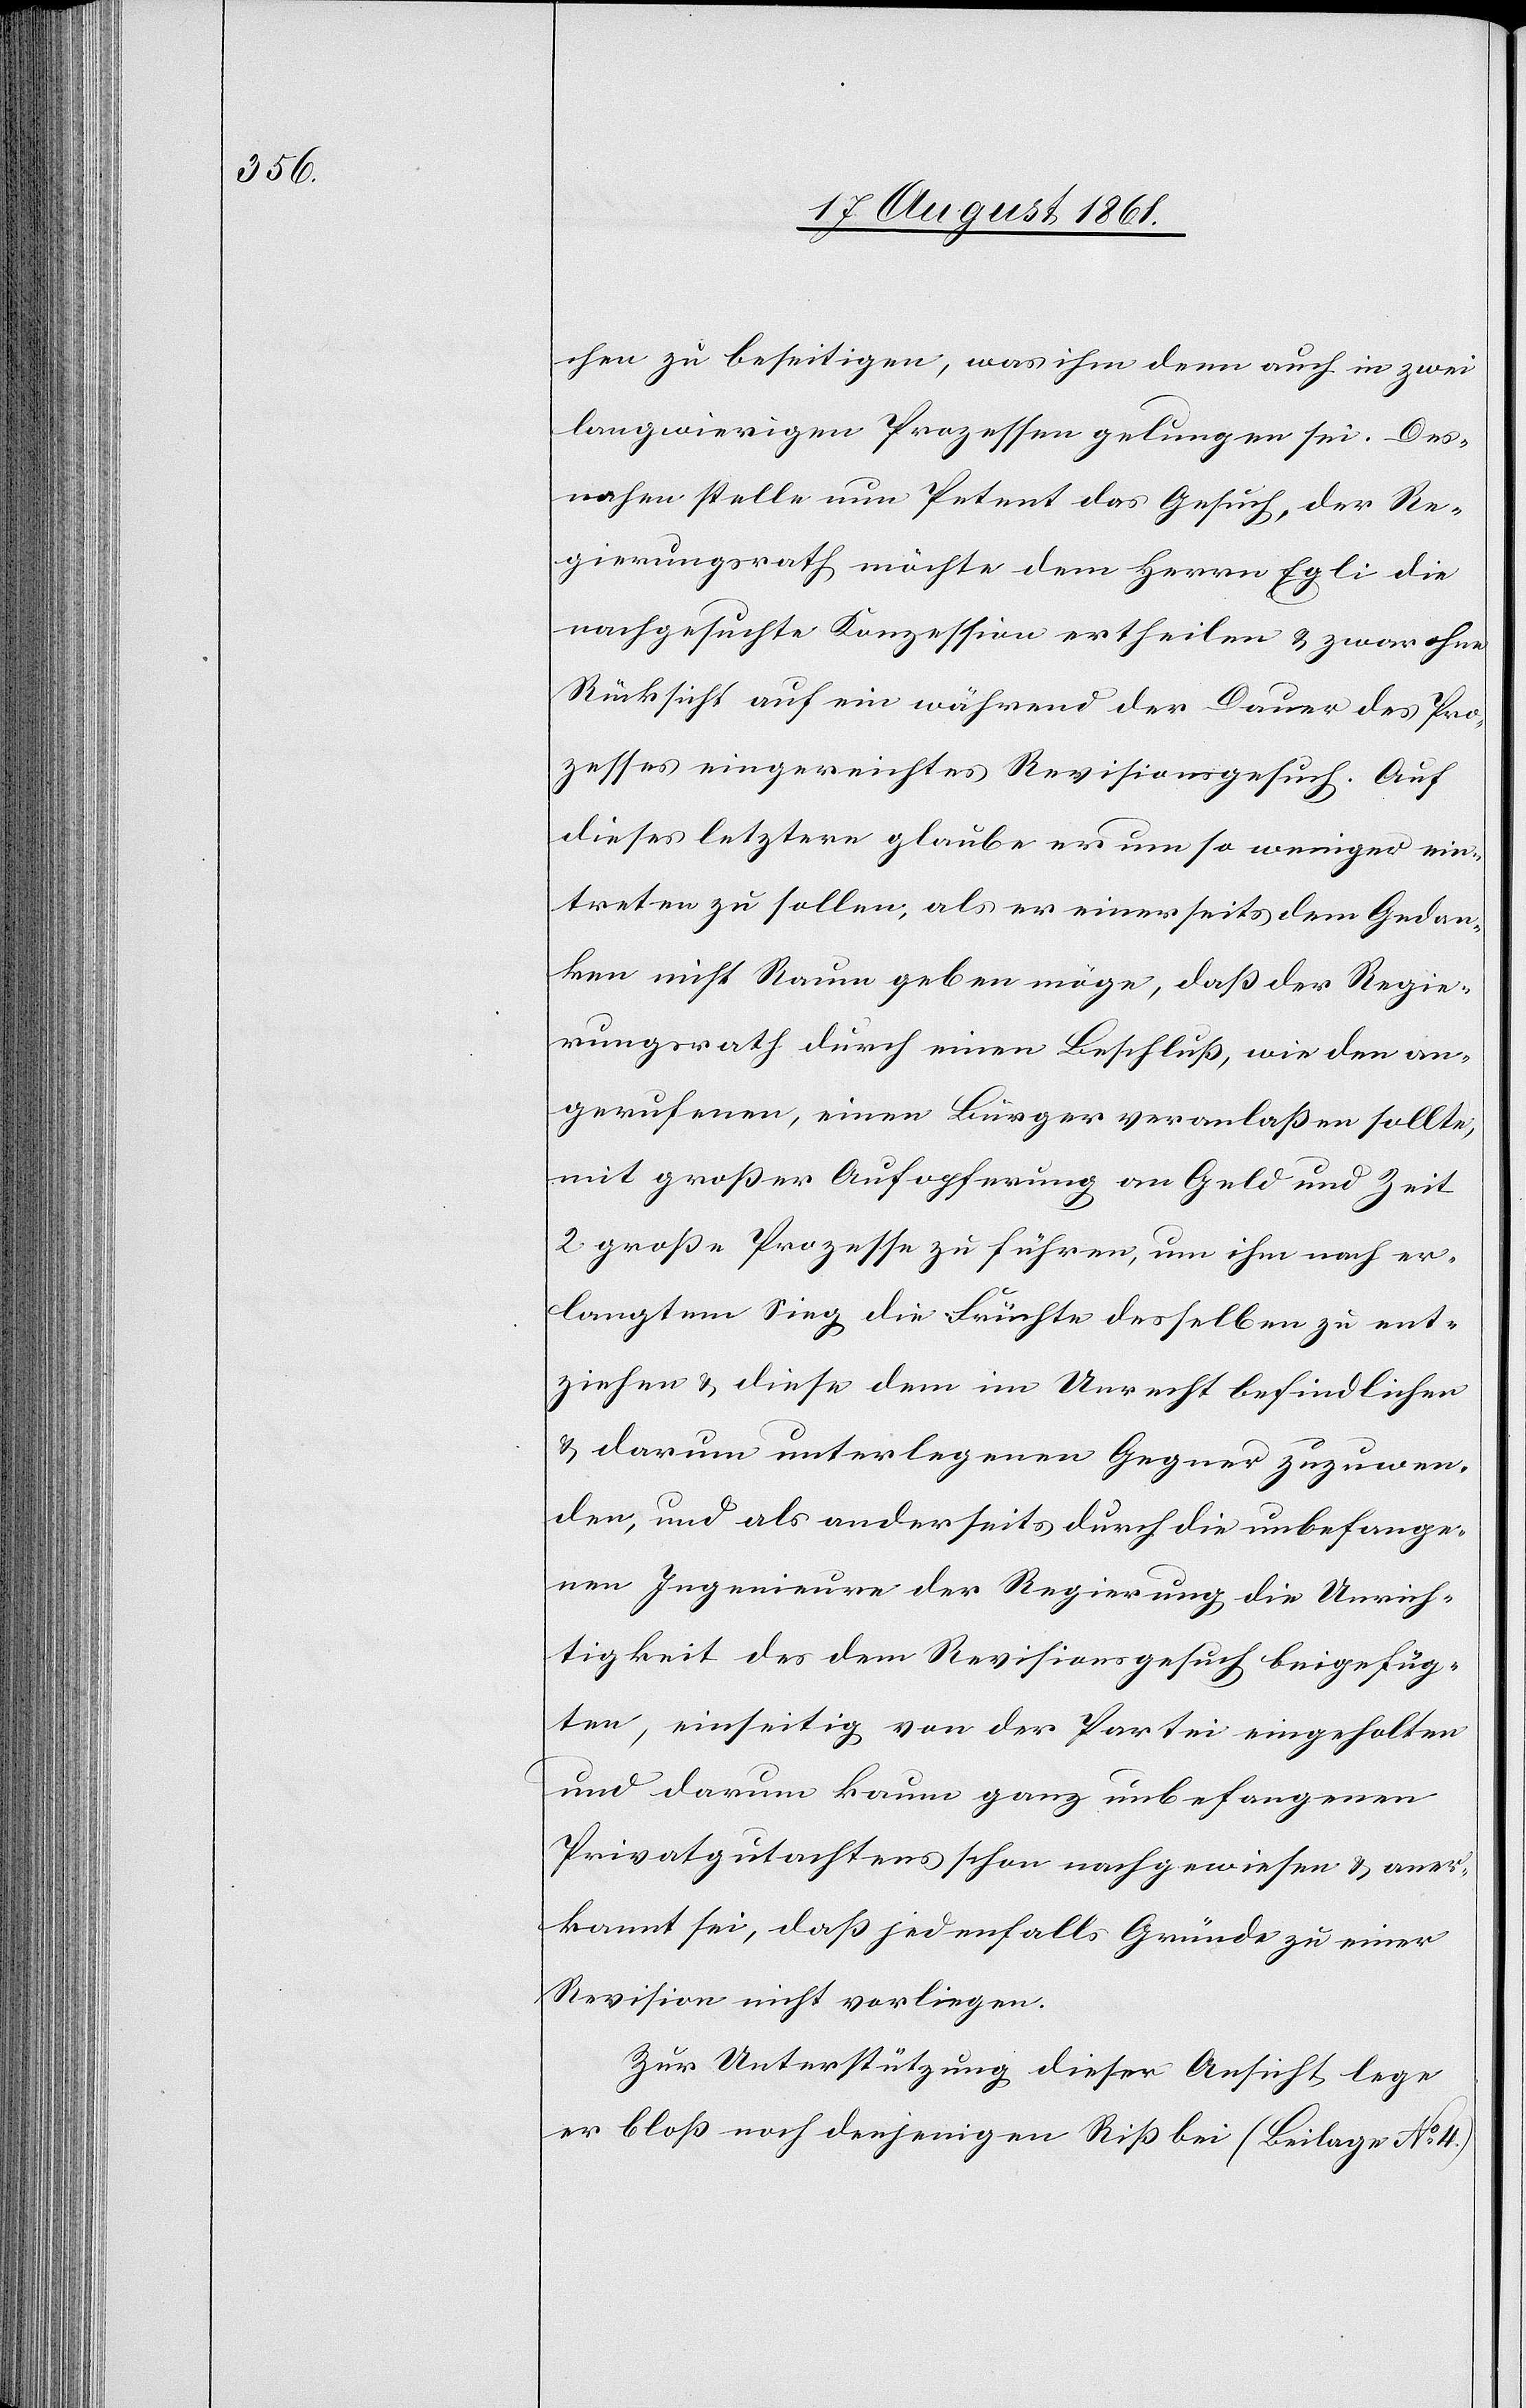
chen zu beseitigen, was ihm denn auch in zwei
langwierigen Prozessen gelungen sei. Des¬
nahen stelle nun Petent das Gesuch, der Re¬
gierungsrath möchte dem Herrn Egli die
nachgesuchte Konzession ertheilen u. zwar ohne
Rücksicht auf ein während der Dauer des Pro¬
zesses eingereichtes Revisionsgesuch. Auf
dieses letztere glaube er nun um so weniger ein¬
treten zu sollen, als er einerseits dem Gedan¬
ken nicht Raum geben möge, daß der Regie¬
rungsrath durch einen Beschluß, wie den an¬
gerufenen, einen Bürger veranlaßen sollte,
mit großer Aufopferung an Geld und Zeit
2 große Prozesse zu führen, um ihm nach er¬
langtem Sieg die Früchte desselben zu ent¬
ziehen u. diese dem im Unrecht befindlichen
u. darum unterlegenen Gegner zuzuwen¬
den, und als anderseits durch die unbefange¬
nen Ingenieure der Regierung die Unrich¬
tigkeit des dem Revisionsgesuch beigefüg¬
ten, einseitig von der Partei eingeholten
und darum kaum ganz unbefangenen
Privatgutachtens schon nachgewiesen u. aner¬
kannt sei, daß jedenfalls Gründe zu einer
Revision nicht vorliegen.
Zur Unterstützung dieser Ansicht lege
er bloß noch denjenigen Riß bei (Beilage § 14)